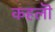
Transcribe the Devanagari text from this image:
कहलॊ